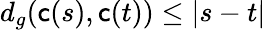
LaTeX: d_{g}(\mathsf{c}(s),\mathsf{c}(t))\leq|s-t|